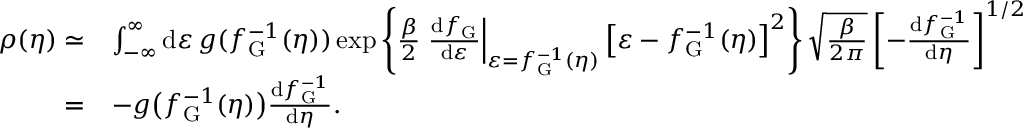
\begin{array} { r l } { \rho ( \eta ) \simeq } & { \int _ { - \infty } ^ { \infty } \mathrm { d } \varepsilon \, g ( f _ { \mathrm { G } } ^ { - 1 } ( \eta ) ) \exp \left\lbrace \frac { \beta } { 2 } \left. \frac { \mathrm { d } f _ { \mathrm { G } } } { \mathrm { d } \varepsilon } \right| _ { \varepsilon = f _ { \mathrm { G } } ^ { - 1 } ( \eta ) } \left[ \varepsilon - f _ { \mathrm { G } } ^ { - 1 } ( \eta ) \right] ^ { 2 } \right\rbrace \sqrt { \frac { \beta } { 2 \pi } } \left[ - \frac { \mathrm { d } f _ { \mathrm { G } } ^ { - 1 } } { \mathrm { d } \eta } \right] ^ { 1 / 2 } } \\ { = } & { - g \big ( f _ { \mathrm { G } } ^ { - 1 } ( \eta ) \big ) \frac { \mathrm { d } f _ { \mathrm { G } } ^ { - 1 } } { \mathrm { d } \eta } . } \end{array}